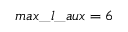
m a x \_ l \_ { a u x } = 6